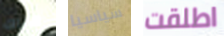
هناك سياسيا اطلقت